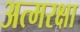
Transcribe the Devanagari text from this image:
अत्मरक्षा